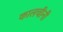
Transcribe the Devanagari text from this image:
कालचीनी